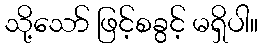
သို့သော် ဖြင့်စခွင့် မရှိပါ။